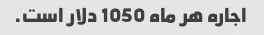
اجاره هر ماه 1050 دلار است.